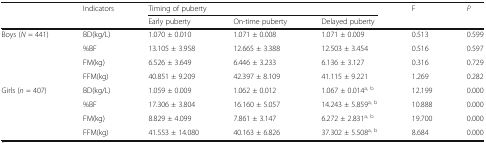
<table><thead><tr><td rowspan="2">[EMPTY_CELL]</td><td rowspan="2"><b>Indicators</b></td><td colspan="3"><b>Timing of puberty</b></td><td rowspan="2"><b>F</b></td><td rowspan="2"><b><i>P</i></b></td></tr><tr><td><b>Early puberty</b></td><td><b>On-time puberty</b></td><td><b>Delayed puberty</b></td></tr></thead><tbody><tr><td rowspan="4">Boys (<i>N</i> = 441)</td><td>BD(kg/L)</td><td>1.070 ± 0.010</td><td>1.071 ± 0.008</td><td>1.071 ± 0.009</td><td>0.513</td><td>0.599</td></tr><tr><td>%BF</td><td>13.105 ± 3.958</td><td>12.665 ± 3.388</td><td>12.503 ± 3.454</td><td>0.516</td><td>0.597</td></tr><tr><td>FM(kg)</td><td>6.526 ± 3.649</td><td>6.446 ± 3.233</td><td>6.136 ± 3.127</td><td>0.316</td><td>0.729</td></tr><tr><td>FFM(kg)</td><td>40.851 ± 9.209</td><td>42.397 ± 8.109</td><td>41.115 ± 9.221</td><td>1.269</td><td>0.282</td></tr><tr><td rowspan="4">Girls (<i>n</i> = 407)</td><td>BD(kg/L)</td><td>1.059 ± 0.009</td><td>1.062 ± 0.012</td><td>1.067 ± 0.014<sup>a, b</sup></td><td>12.199</td><td>0.000</td></tr><tr><td>%BF</td><td>17.306 ± 3.804</td><td>16.160 ± 5.057</td><td>14.243 ± 5.859<sup>a, b</sup></td><td>10.888</td><td>0.000</td></tr><tr><td>FM(kg)</td><td>8.829 ± 4.099</td><td>7.861 ± 3.147</td><td>6.272 ± 2.831<sup>a, b</sup></td><td>19.700</td><td>0.000</td></tr><tr><td>FFM(kg)</td><td>41.553 ± 14.080</td><td>40.163 ± 6.826</td><td>37.302 ± 5.508<sup>a, b</sup></td><td>8.684</td><td>0.000</td></tr></tbody></table>